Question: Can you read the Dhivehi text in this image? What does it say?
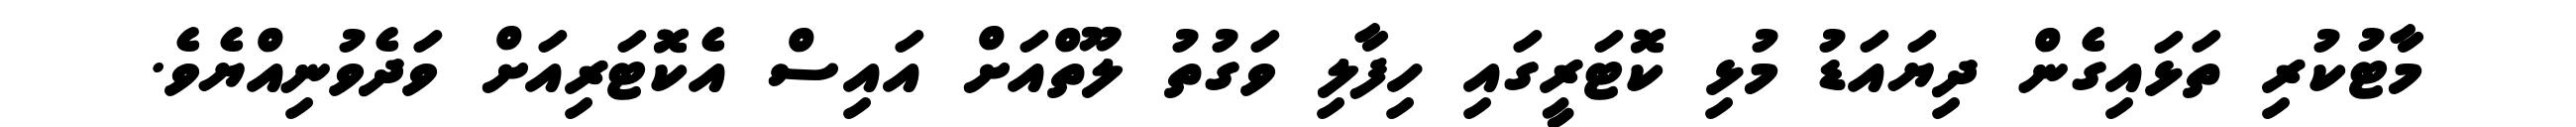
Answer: މާޓުކުރި ތަޅައިގެން ދިޔައަޑު މުޅި ކޮޓަރީގައި ހިފާލި ވަގުތު ލޫތްއަށް އައިސް އެކޮޓަރިއަށް ވަދެވުނިއްޔެވެ.